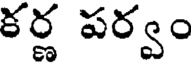
కర్ణ పర్వం